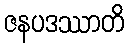
ဇနပဒဿာတိ